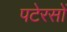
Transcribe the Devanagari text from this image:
पटेरसों